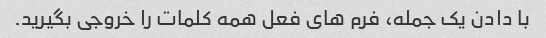
با دادن یک جمله، فرم های فعل همه کلمات را خروجی بگیرید.